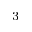
^ 3